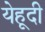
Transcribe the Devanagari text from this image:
येहूदी